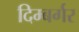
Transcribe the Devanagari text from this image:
दिम्बर्गर